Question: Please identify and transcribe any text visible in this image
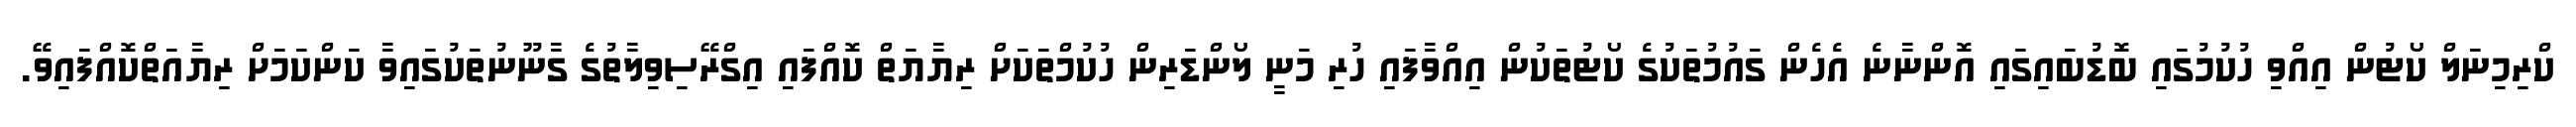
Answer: ކްރިމިނަލް ކޯޓުން އިއްވި ހުކުމުގައި ބޮޑުބައިގައި އޮންނާނެ އެހެން ގައުމުތަކުގެ ކޯޓުތަކުން އިއްވާފައި ހުރި މަނީ ލޯންޑަރިން ހުކުމްތަކަށް ރިޔާޔަތް ކޮއްފައި އިގްރޭސިވިލާތުގެ ގާނޫނުތަކުގައިވާ ކަންކަމަށް ރިޔާއަތްކޮއްފައިވޭ.